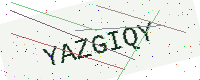
Text: YAZGIQY